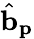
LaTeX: \hat{\mathbf{b}}_{\mathbf{p}}